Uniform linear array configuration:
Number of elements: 12
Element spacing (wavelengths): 1
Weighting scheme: blackman
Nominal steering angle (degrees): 15
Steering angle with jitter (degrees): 15.076
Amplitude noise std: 0.05
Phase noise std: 0.05

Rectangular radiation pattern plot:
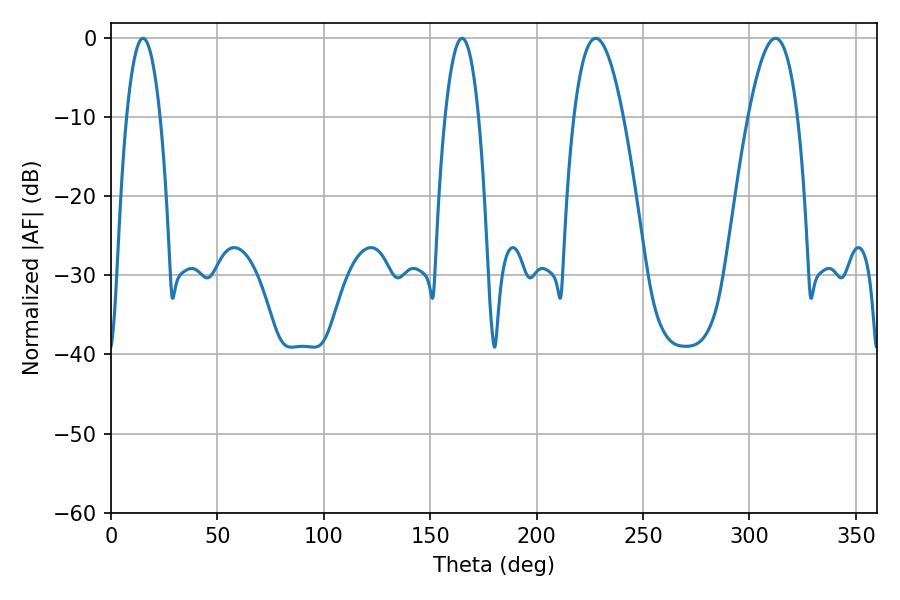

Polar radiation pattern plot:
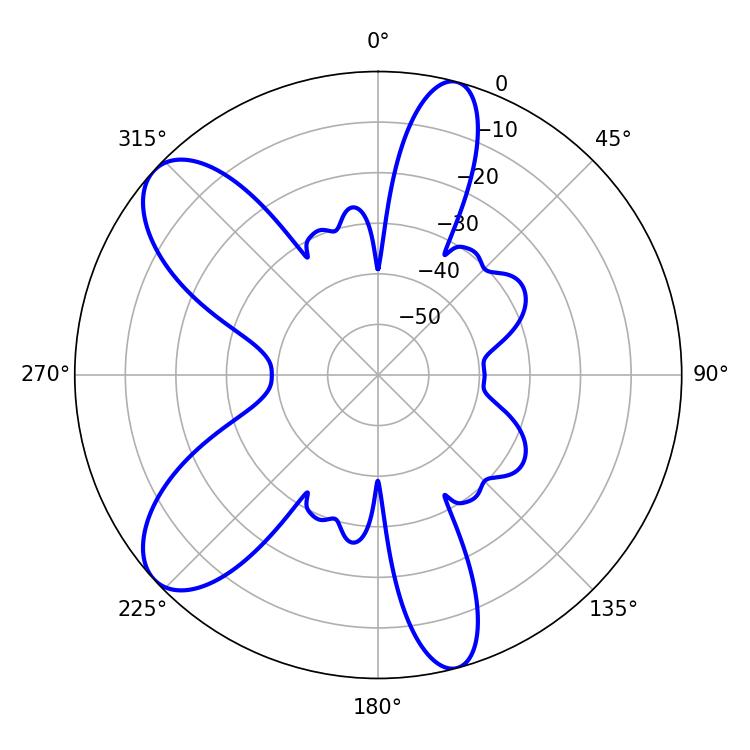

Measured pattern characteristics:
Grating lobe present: TRUE
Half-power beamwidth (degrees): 12.78
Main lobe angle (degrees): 227.7